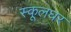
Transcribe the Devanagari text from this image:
स्कूलघर